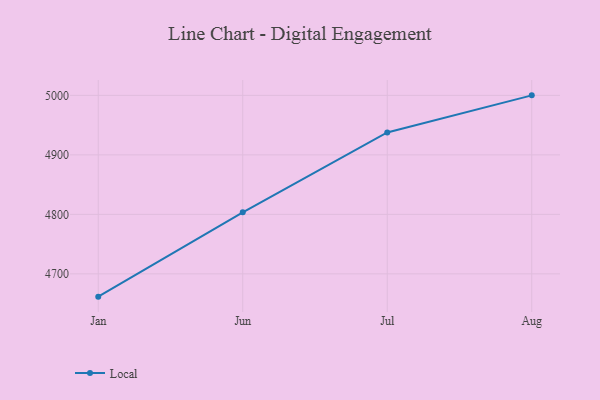
{"axis": {"x": "Month", "y": "Conversion Rate (%)"}, "legend": ["Local"], "data": [{"x": "Jan", "y": 4661.7, "type": "Local"}, {"x": "Jun", "y": 4803.5, "type": "Local"}, {"x": "Jul", "y": 4937.7, "type": "Local"}, {"x": "Aug", "y": 5000, "type": "Local"}]}